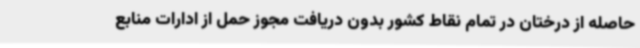
حاصله از درختان در تمام نقاط کشور بدون دریافت مجوز حمل از ادارات منابع